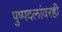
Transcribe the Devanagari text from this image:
पुष्पदलांवरही